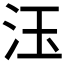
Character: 𱥼